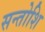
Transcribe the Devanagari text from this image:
सन्तोशि